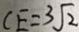
C E = 3 \sqrt { 2 }